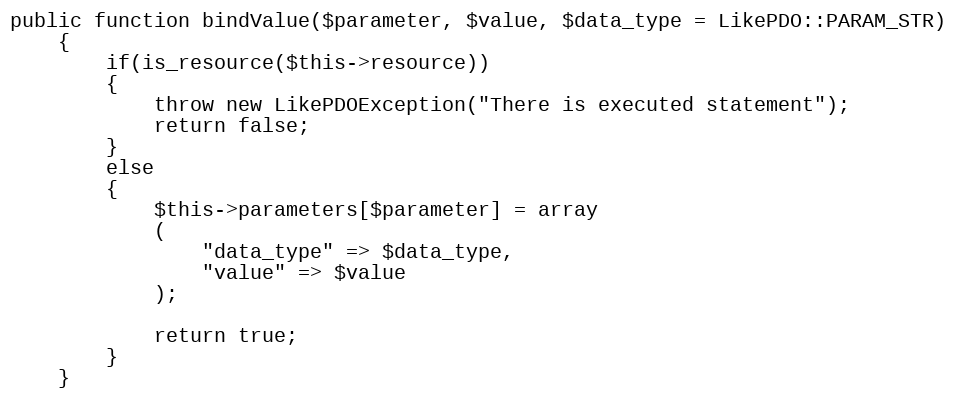
Language: PHP
public function bindValue($parameter, $value, $data_type = LikePDO::PARAM_STR)
	{
		if(is_resource($this->resource))
		{
			throw new LikePDOException("There is executed statement");
			return false;
		}
		else
		{
			$this->parameters[$parameter] = array
			(
				"data_type" => $data_type,
				"value" => $value
			);

			return true;
		}
	}